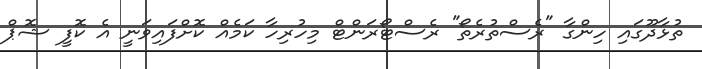
ތުޅާދޫގައި ހިންގާ "ރެސްތުރެތޯ" ރެސްޓޯރަންޓް މިހުރިހާ ކަމެއް ކޮށްފައިވަނީ އެ ކޮފީ ޝޮޕް